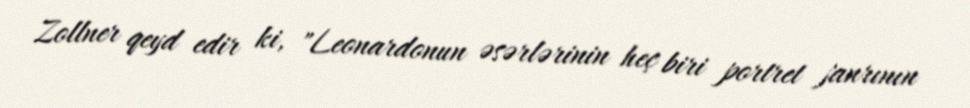
Zollner qeyd edir ki, "Leonardonun əsərlərinin heç biri portret janrının